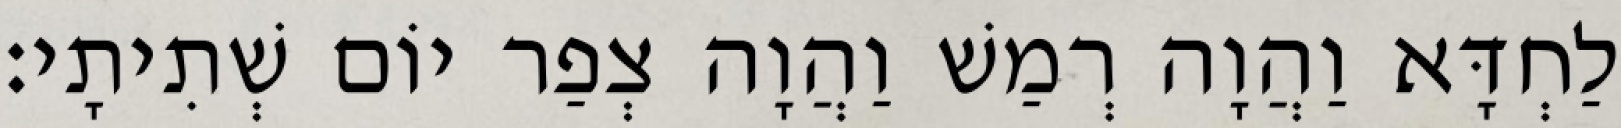
לַחְדָּא וַהֲוָה רְמַשׁ וַהֲוָה צְפַר יוֹם שְׁתִיתָי׃